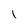
Character: I